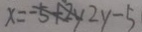
x = - 5 + 2 y 2 y - 5